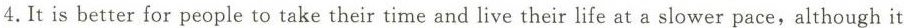
4.It is better for people to take their time and live their life at a slower pace,although it